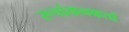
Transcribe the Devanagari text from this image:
रूपांकनकर्ता